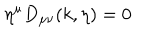
LaTeX: \eta ^ { \mu } D _ { \mu \nu } ( k , \eta ) = 0 \